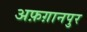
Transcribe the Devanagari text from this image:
अफ़ग़ानपुर